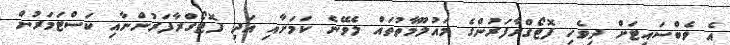
އެ ވެބްސައިޓަށް ދިވެހި ފޮޓޯގްރާފަރުންގެ މައުލޫމާތުތައް ލެވޭނެ ކަަމަށާއި އަދި ފޮޓޯގްރާފަރުންނާއި ކަސްޓަމަރުން